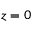
z = 0